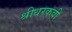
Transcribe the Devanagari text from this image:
श्रीधरकवी